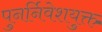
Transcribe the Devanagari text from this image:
पुनर्निवेशयुक्त